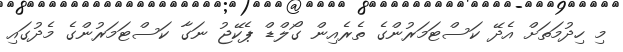
މި ހިދުމަތަށް އެދޭ ކަސްޓަމަރުންގެ ތެރެއިން ގޯލްޑް ޕެކޭޖު ނަގާ ކަސްޓަމަރުންގެ މެދުގައި